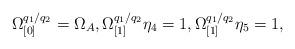
LaTeX: \begin{align*}\Omega _{\lbrack 0]}^{q_{1}/q_{2}}=\Omega _{A},\Omega _{\lbrack1]}^{q_{1}/q_{2}}\eta _{4}=1,\Omega _{\lbrack 1]}^{q_{1}/q_{2}}\eta _{5}=1,\end{align*}